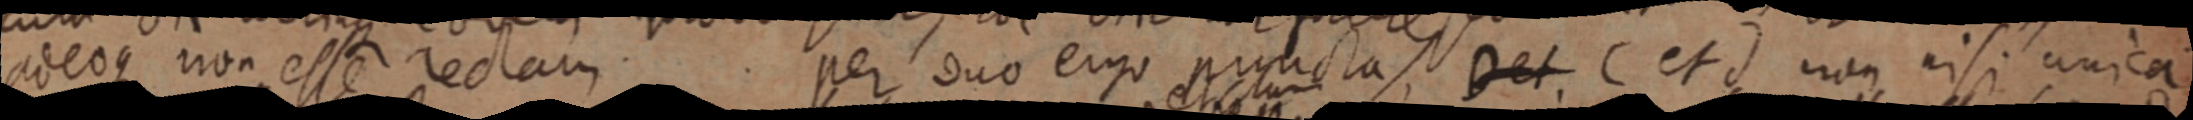
adeoque non esse rectam. per duo ergo puncta D et C et d non nisi unica